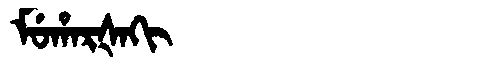
Manchu: ᠮᡠᡥᠠᡵᡧᠠᡴᡳ
Romanization: MUHARŠAKI